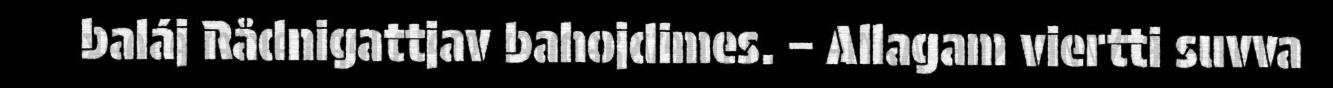
baláj Rådnigattjav bahojdimes. – Allagam viertti suvva